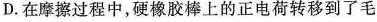
D.在摩擦过程中，硬橡胶棒上的正电荷转移到了毛